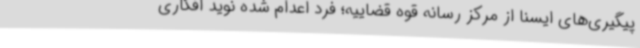
پیگیری‌های ایسنا از مرکز رسانه قوه قضاییه؛ فرد اعدام شده نوید افکاری